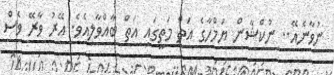
ނުވާނެއޭ.. ނުކްޝާން ޔަމްހާގެ އަތް މަތީގައި އަތް ބާއްވާލިއެވެ. އޭރު ވާރޭ ވެސް